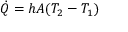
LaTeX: { \dot { Q } } = h A ( T _ { 2 } - T _ { 1 } )